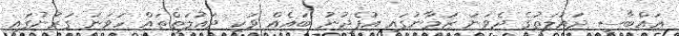
ޢައްބާސީ ދައުލަތުގެ ދެވަނަ ޒަމާނުގައި އުފެދުނު ބައެއް ވަކި ދައުލަތްތައް ހަވަނަ ގަރުނުގައި